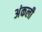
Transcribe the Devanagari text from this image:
अंकली